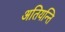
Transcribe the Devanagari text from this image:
अतियन्ति